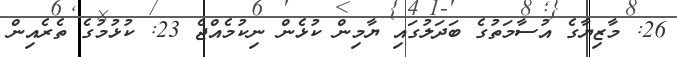
26: މާޒިޔާގެ އުސާމަތުގެ ބަދަލުގައި ޔާމިން ކުޅެން ނިކުމެއްޖެ 23: ކުޅުމުގެ ތެރެއިން